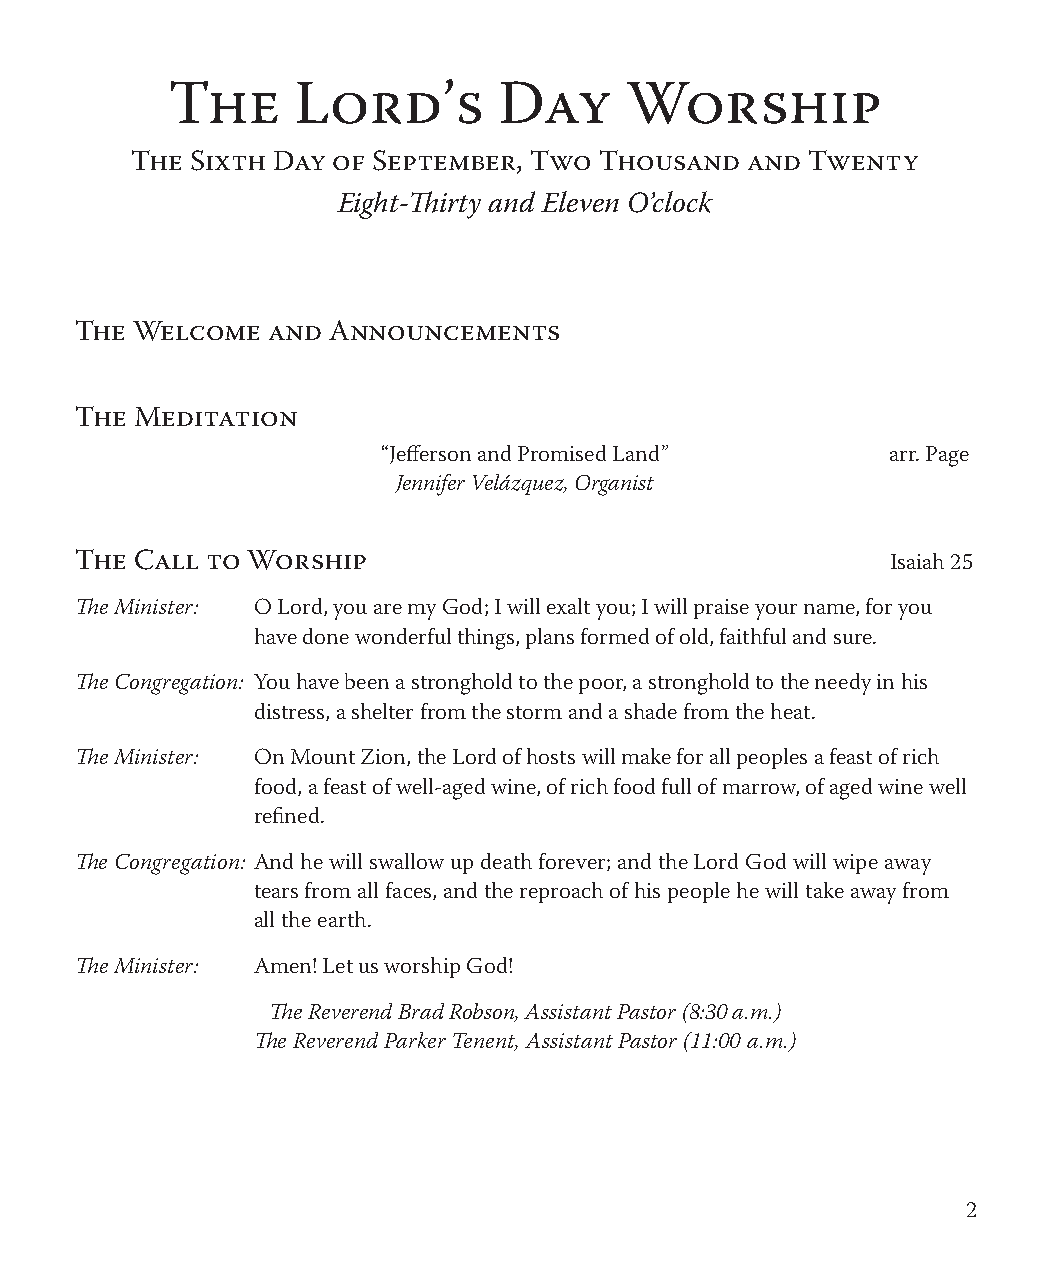
The      Lord’s       Day     Worship
 The Sixth Day of September, Two Thousand and Twenty
 Eight-Thirty and Eleven O’clock
 The Welcome  and Announcements
 The Meditation
 “Jefferson and Promised Land”     arr. Page
 Jennifer Velázquez, Organist
 The Call to Worship                                   Isaiah 25
 The Minister: O Lord, you are my God; I will exalt you; I will praise your name, for you
 have done wonderful things, plans formed of old, faithful and sure.
 The Congregation: You have been a stronghold to the poor, a stronghold to the needy in his
 distress, a shelter from the storm and a shade from the heat.
 The Minister: On Mount Zion, the Lord of hosts will make for all peoples a feast of rich
 food, a feast of well-aged wine, of rich food full of marrow, of aged wine well
 refined.
 The Congregation: And he will swallow up death forever; and the Lord God will wipe away
 tears from all faces, and the reproach of his people he will take away from
 all the earth.
 The Minister: Amen! Let us worship God!
 The Reverend Brad Robson, Assistant Pastor (8:30 a.m.)
 The Reverend Parker Tenent, Assistant Pastor (11:00 a.m.)
 2